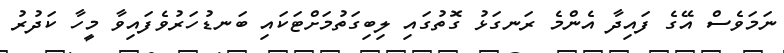
ނަމަވެސް އޭގެ ފައިދާ އެންމެ ރަނގަޅު ގޮތުގައި ލިބިގަތުމަށްޓަކައި ބަނޑުހަރުވެފައިވާ މީހާ ކަދުރު